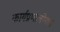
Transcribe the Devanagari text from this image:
कार्यप्रणालींमध्ये